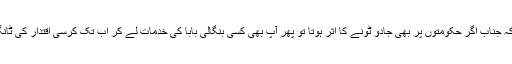
ان سے بندہ پوچھے کہ جناب اگر حکومتوں پر بھی جادو ٹونے کا اثر ہوتا تو پھر آپ بھی کسی بنگالی بابا کی خدمات لے کر اب تک کرسی اقتدار کی ٹانگیں توڑ چکے ہوتے۔